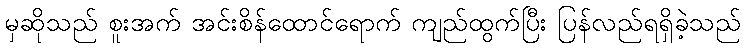
မှဆိုသည် စူးအက် အင်းစိန်ထောင်ရောက် ကျည်ထွက်ပြီး ပြန်လည်ရရှိခဲ့သည်